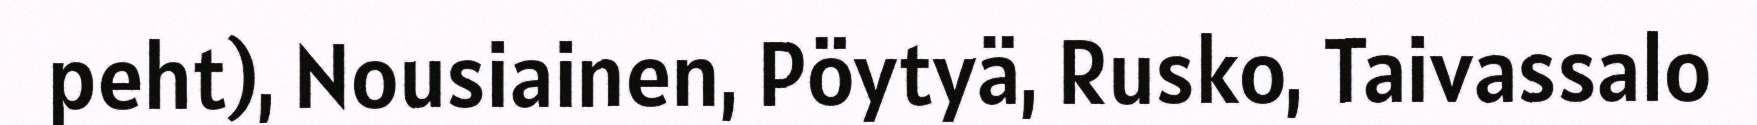
peht), Nousiainen, Pöytyä, Rusko, Taivassalo